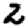
Digit: 2